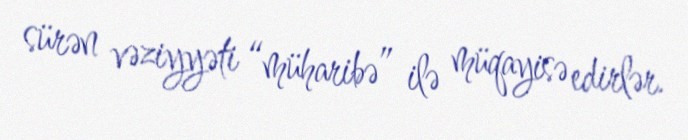
sürən vəziyyəti “müharibə” ilə müqayisə edirlər.